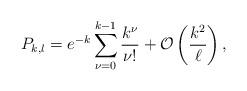
LaTeX: \begin{align*}P_{k, l} = e^{-k}\sum_{\nu=0}^{k-1}\frac{k^\nu}{\nu!} + \mathcal{O}\left(\frac{k^2}{\ell}\right),\end{align*}